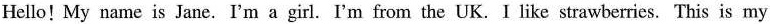
Hello! My name is Jane. I'm a girl. I'm from the UK. I like strawberries. This is my